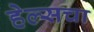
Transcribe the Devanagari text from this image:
हेल्सचा